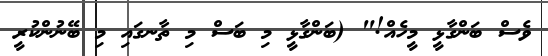
ވެސް ބަންގާޅީ މީހެއް!" (ބަންގާޅީ މި ބަސް މި ތާނގައި މި ބޭނުންކުރީ